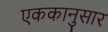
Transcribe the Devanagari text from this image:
एककानुसार